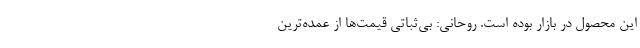
این محصول در بازار بوده است. روحانی: بی‌ثباتی قیمت‌ها از عمده‌ترین